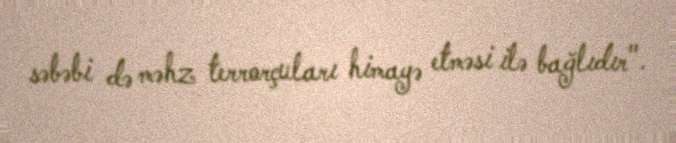
səbəbi də məhz terrorçuları himayə etməsi ilə bağlıdır".